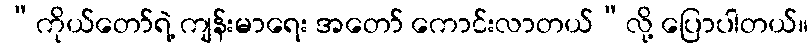
“ကိုယ်တော်ရဲ့ ကျန်းမာရေး အတော် ကောင်းလာတယ်”လို့ ပြောပါတယ်။